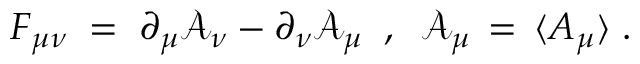
F _ { \mu \nu } \; = \; \partial _ { \mu } { \mathcal A } _ { \nu } - \partial _ { \nu } { \mathcal A } _ { \mu } \; \; , \; \; { \mathcal A } _ { \mu } \, = \, \langle A _ { \mu } \rangle \; .